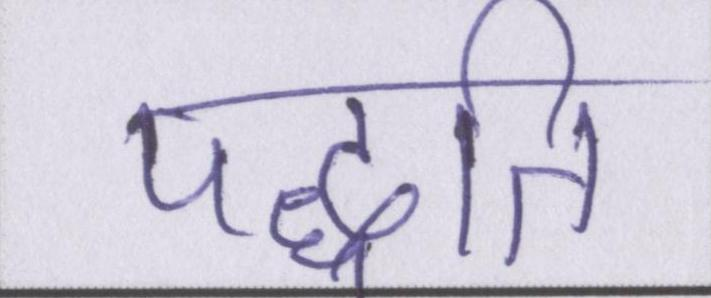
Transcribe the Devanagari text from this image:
पद्धति